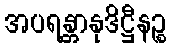
အပရန္တာနုဒိဋ္ဌီနဉ္စ